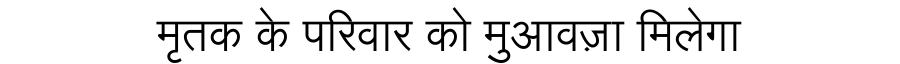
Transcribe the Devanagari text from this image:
मृतक के परिवार को मुआवज़ा मिलेगा